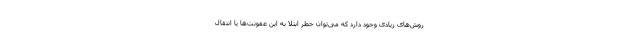
روش‌های زیادی وجود دارد که می‌توان خطر ابتلا به این عفونت‌ها یا انتقال